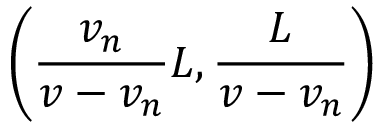
\left( \frac { v _ { n } } { v - v _ { n } } L , \frac { L } { v - v _ { n } } \right)